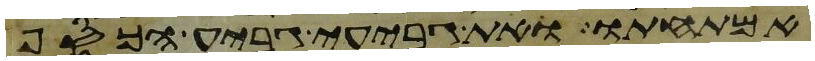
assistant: אמתחתו ואת גביע גביע הכסף